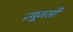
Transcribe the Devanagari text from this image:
न्‍यूजर्सी